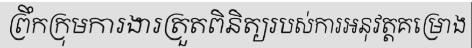
ព្រឹកក្រុមការងារត្រួតពិនិត្យរបស់ការអនុវត្តគម្រោង